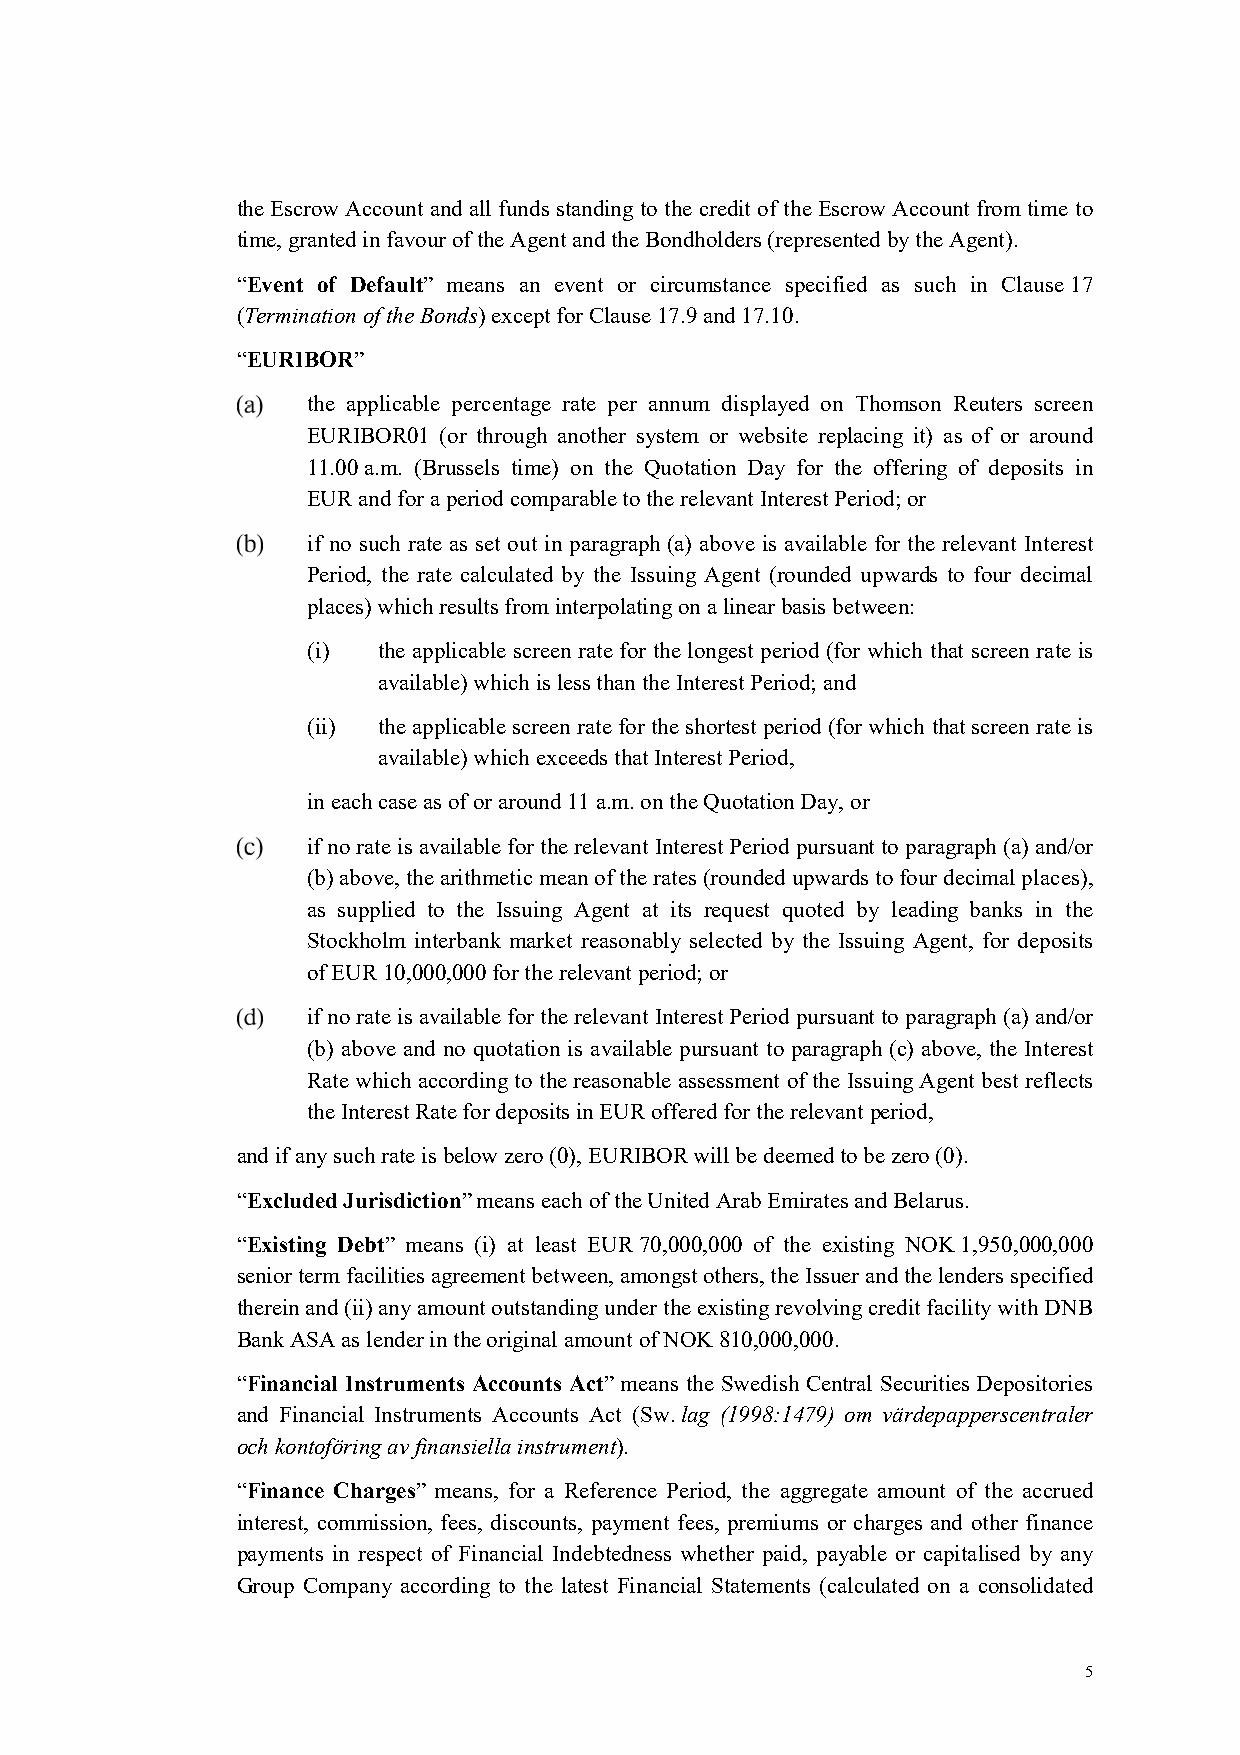
the Escrow Account and all funds standing to the credit of the Escrow Account from time to
 time, granted in favour of the Agent and the Bondholders (represented by the Agent).
 “Event of Default” means an event or circumstance specified as such in Clause 17
 (Termination of the Bonds) except for Clause 17.9 and 17.10.
 “EURIBOR”
 the applicable percentage rate per annum displayed on Thomson Reuters screen
 EURIBOR01 (or through another system or website replacing it) as of or around
 11.00 a.m. (Brussels time) on the Quotation Day for the offering of deposits in
 EUR and for a period comparable to the relevant Interest Period; or
 if no such rate as set out in paragraph (a) above is available for the relevant Interest
 Period, the rate calculated by the Issuing Agent (rounded upwards to four decimal
 places) which results from interpolating on a linear basis between:
 (i)  the applicable screen rate for the longest period (for which that screen rate is
 available) which is less than the Interest Period; and
 (ii) the applicable screen rate for the shortest period (for which that screen rate is
 available) which exceeds that Interest Period,
 in each case as of or around 11 a.m. on the Quotation Day, or
 if no rate is available for the relevant Interest Period pursuant to paragraph (a) and/or
 (b) above, the arithmetic mean of the rates (rounded upwards to four decimal places),
 as supplied to the Issuing Agent at its request quoted by leading banks in the
 Stockholm interbank market reasonably selected by the Issuing Agent, for deposits
 of EUR 10,000,000 for the relevant period; or
 if no rate is available for the relevant Interest Period pursuant to paragraph (a) and/or
 (b) above and no quotation is available pursuant to paragraph (c) above, the Interest
 Rate which according to the reasonable assessment of the Issuing Agent best reflects
 the Interest Rate for deposits in EUR offered for the relevant period,
 and if any such rate is below zero (0), EURIBOR will be deemed to be zero (0).
 “Excluded Jurisdiction” means each of the United Arab Emirates and Belarus.
 “Existing Debt” means (i) at least EUR 70,000,000 of the existing NOK 1,950,000,000
 senior term facilities agreement between, amongst others, the Issuer and the lenders specified
 therein and (ii) any amount outstanding under the existing revolving credit facility with DNB
 Bank ASA as lender in the original amount of NOK 810,000,000.
 “Financial Instruments Accounts Act” means the Swedish Central Securities Depositories
 and Financial Instruments Accounts Act (Sw. lag (1998:1479) om värdepapperscentraler
 och kontoföring av finansiella instrument).
 “Finance Charges” means, for a Reference Period, the aggregate amount of the accrued
 interest, commission, fees, discounts, payment fees, premiums or charges and other finance
 payments in respect of Financial Indebtedness whether paid, payable or capitalised by any
 Group Company according to the latest Financial Statements (calculated on a consolidated
 5